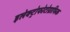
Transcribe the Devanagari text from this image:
इलेक्ट्रोफोटोग्राफिक